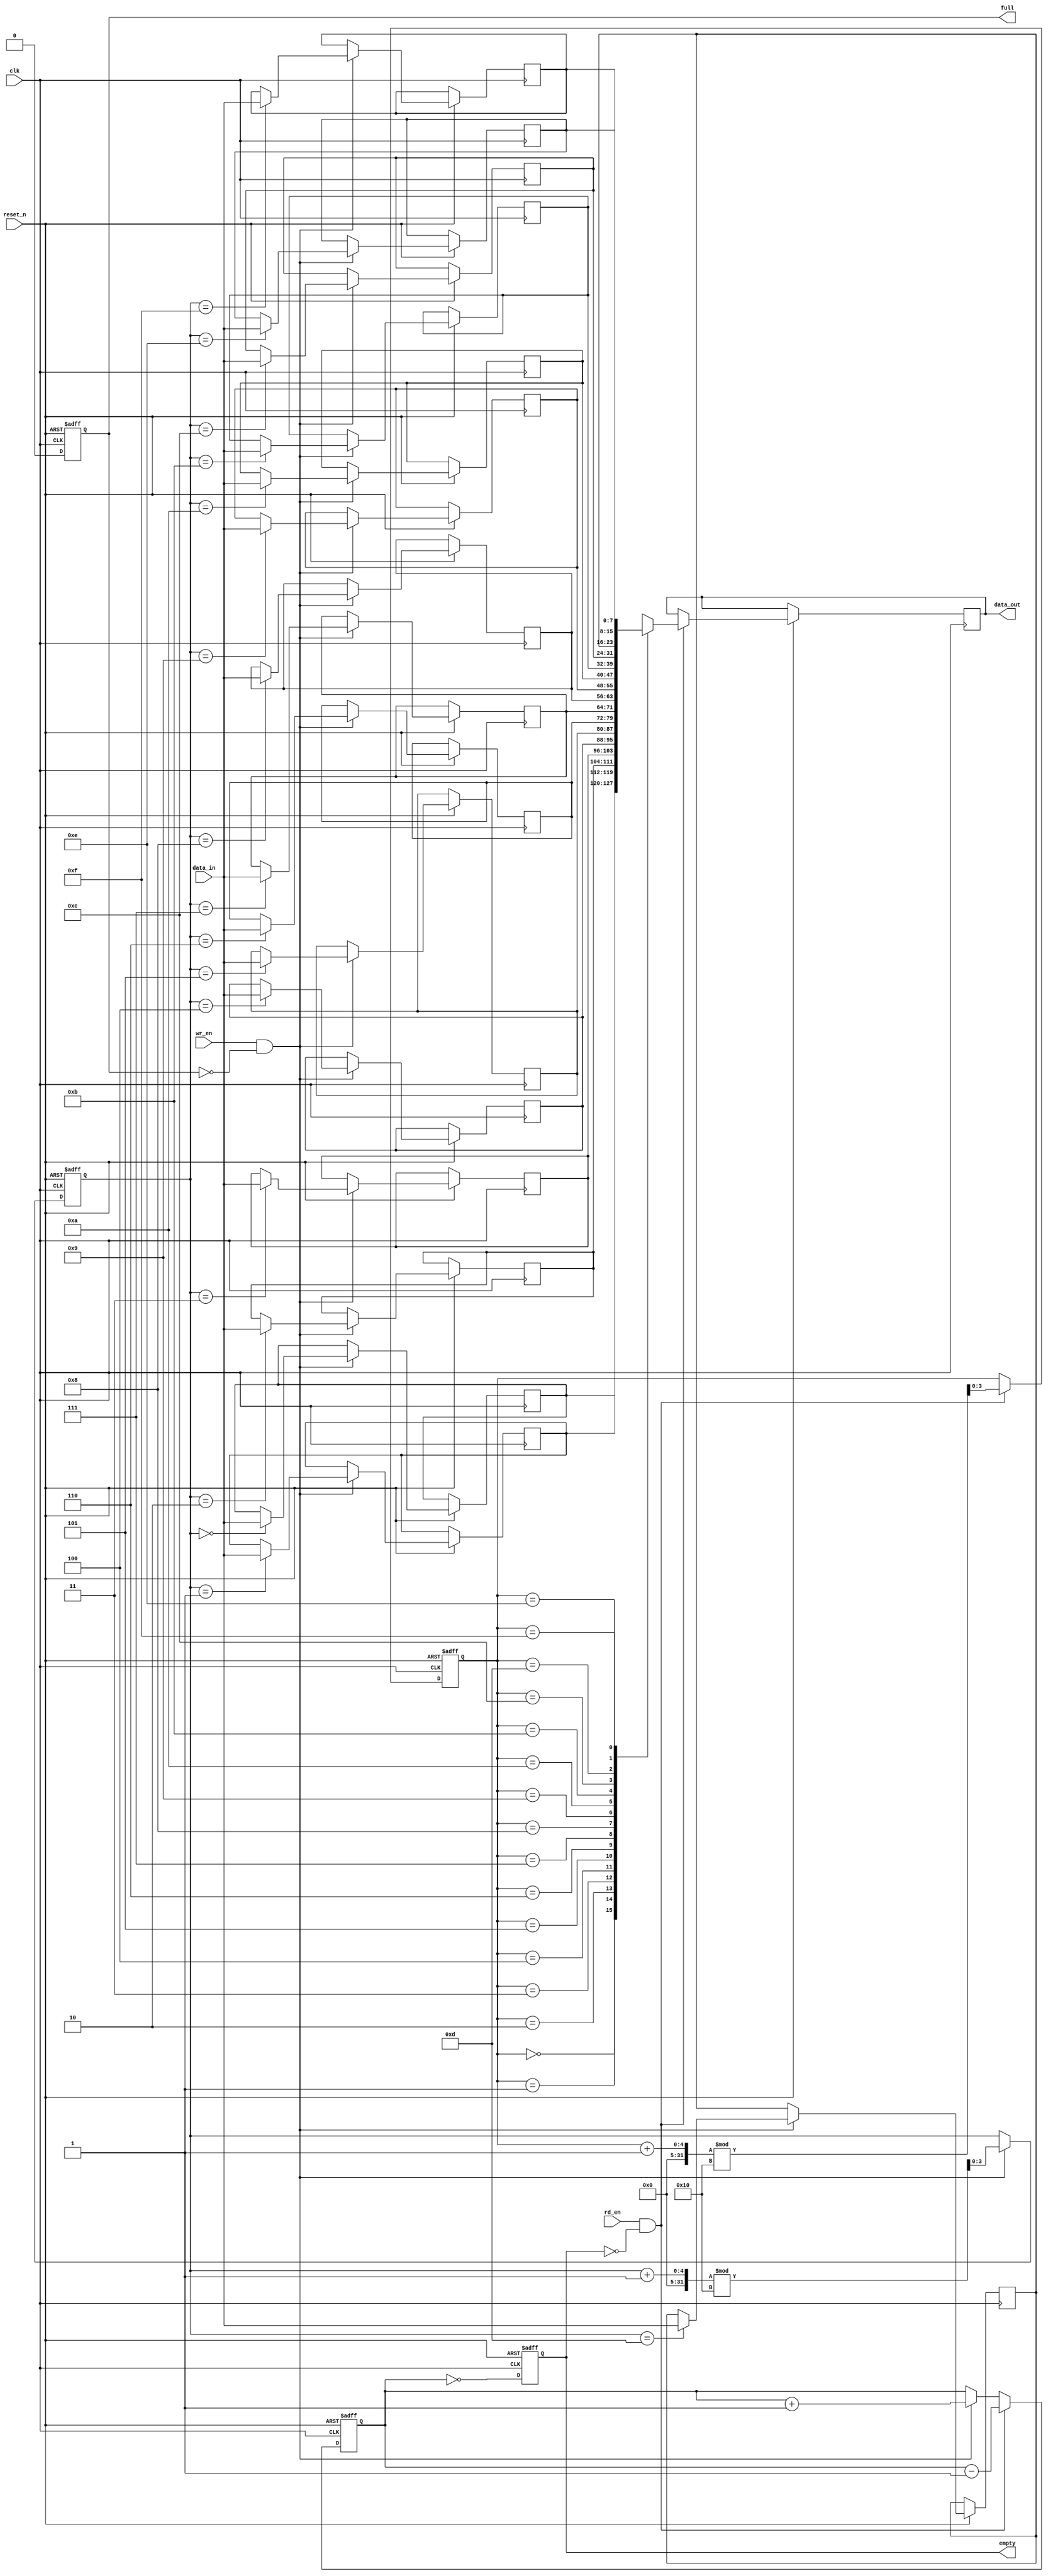
module fifo #(
    parameter DEPTH = 16,        // Depth of the FIFO
    parameter WIDTH = 8          // Width of each data entry
) (
    input wire clk,              // Clock signal
    input wire reset_n,          // Asynchronous reset (active low)
    input wire wr_en,            // Write enable
    input wire rd_en,            // Read enable
    input wire [WIDTH-1:0] data_in, // Data input
    output reg [WIDTH-1:0] data_out, // Data output
    output reg full,             // Full flag
    output reg empty             // Empty flag
);

    // Memory array
    reg [WIDTH-1:0] mem [0:DEPTH-1]; // FIFO memory
    reg [clog2(DEPTH)-1:0] wr_pointer; // Write pointer
    reg [clog2(DEPTH)-1:0] rd_pointer; // Read pointer
    reg [clog2(DEPTH)-1:0] count;      // Count of entries in FIFO

    // Function to calculate the logarithm base 2
    function integer clog2;
        input integer value;
        begin
            value = value - 1;
            for (clog2 = 0; value > 0; clog2 = clog2 + 1)
                value = value >> 1;
        end
    endfunction

    // Asynchronous reset and FIFO operation
    always @(posedge clk or negedge reset_n) begin
        if (!reset_n) begin
            // Reset the FIFO
            wr_pointer <= 0;
            rd_pointer <= 0;
            count <= 0;
            full <= 0;
            empty <= 1;
        end else begin
            // Write operation
            if (wr_en && !full) begin
                mem[wr_pointer] <= data_in; // Write data
                wr_pointer <= (wr_pointer + 1) % DEPTH; // Circular increment
                count <= count + 1;
            end

            // Read operation
            if (rd_en && !empty) begin
                data_out <= mem[rd_pointer]; // Read data
                rd_pointer <= (rd_pointer + 1) % DEPTH; // Circular increment
                count <= count - 1;
            end

            // Update full and empty flags
            full <= (count == DEPTH);
            empty <= (count == 0);
        end
    end

endmodule